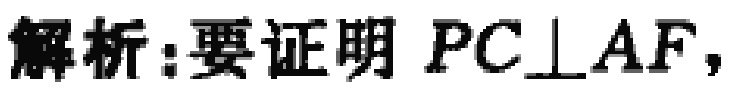
解析:要证明 \(PC\perp AF\)，